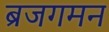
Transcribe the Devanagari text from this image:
ब्रजगमन